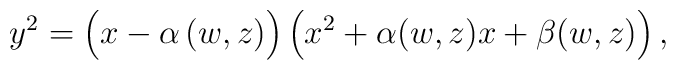
y^2 = \left(x\vphantom{x^2}-\alpha\left(w,z\right)\right)	\left(x^2+\alpha(w,z)x+\beta(w,z)\right),